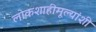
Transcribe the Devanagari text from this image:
लोकशाहीमूल्यांशी